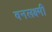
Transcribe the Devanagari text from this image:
वनलक्ष्मी